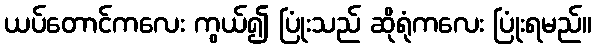
ယပ်တောင်ကလေး ကွယ်၍ ပြုံးသည် ဆိုရုံကလေး ပြုံးရမည်။